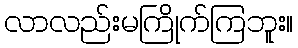
လာလည်းမကြိုက်ကြဘူး။